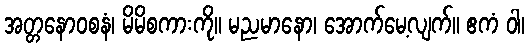
အတ္တနောဝစနံ၊ မိမိစကားကို။ မညမာနော၊ အောက်မေ့လျက်။ ဧကံ ဝါ၊